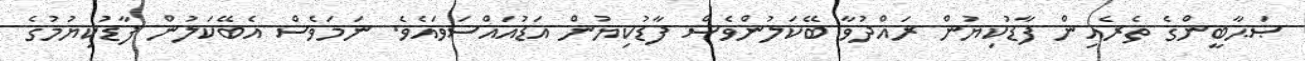
ޞަޙާބީންގެ ތެރެއިން ފާޑުކިޔުން ރައްދުވާ ބޭކަލުންވެސް ފާޑުކިޔުން އަޑުއައްސަވައެވެ. ނަމަވެސް އެބޭކަލުން ފާޑުކިޔުމުގެ